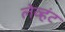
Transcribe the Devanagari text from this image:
लेव्हंट